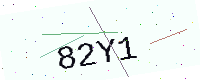
Text: 82Y1